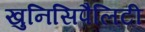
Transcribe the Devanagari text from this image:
खुनिसिपैलिटी